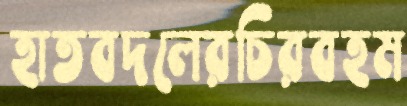
হাতবদলেরচিরবহম